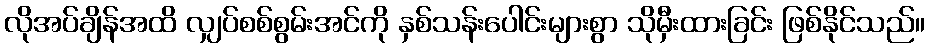
လိုအပ်ချိန်အထိ လျှပ်စစ်စွမ်းအင်ကို နှစ်သန်းပေါင်းများစွာ သိုမှီးထားခြင်း ဖြစ်နိုင်သည်။